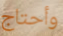
وأحتاج